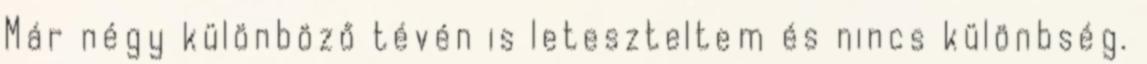
Már négy különböző tévén is leteszteltem és nincs különbség.